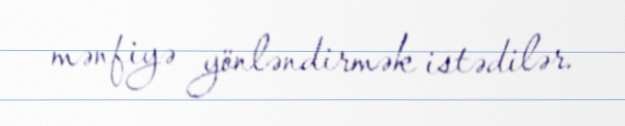
mənfiyə yönləndirmək istədilər.